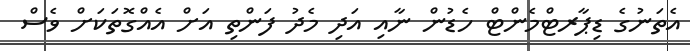
އެތަނުގެ ޑިޕާރޓްމެންޓް ހެޑުން ނާއި އަދި މެދު ފަންތި އަށް އެއްގޮތަކަށް ވެސް